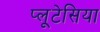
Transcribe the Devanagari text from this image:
प्लूटेसिया